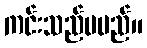
ကင်းသည်မမည်။